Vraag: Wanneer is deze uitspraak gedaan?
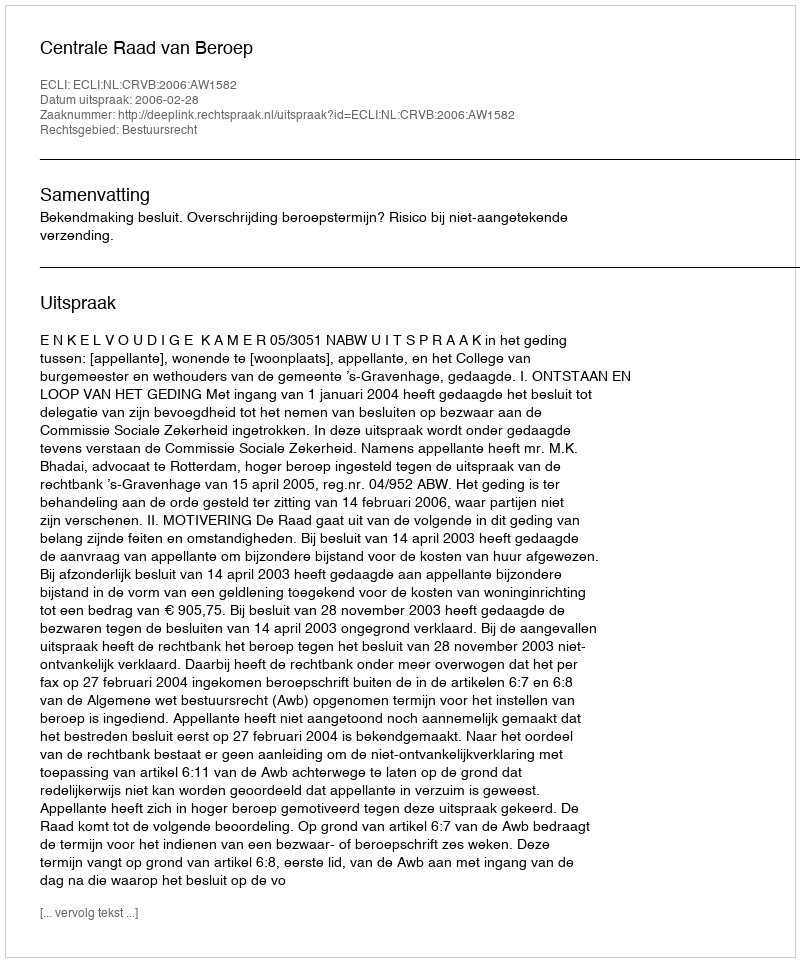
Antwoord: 2006-02-28